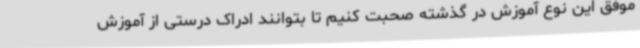
موفق این نوع آموزش در گذشته صحبت کنیم تا بتوانند ادراک درستی از آموزش